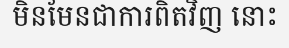
មិនមែនជាការពិតវិញ នោះ